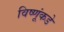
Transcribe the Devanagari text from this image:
विष्णूंकडे